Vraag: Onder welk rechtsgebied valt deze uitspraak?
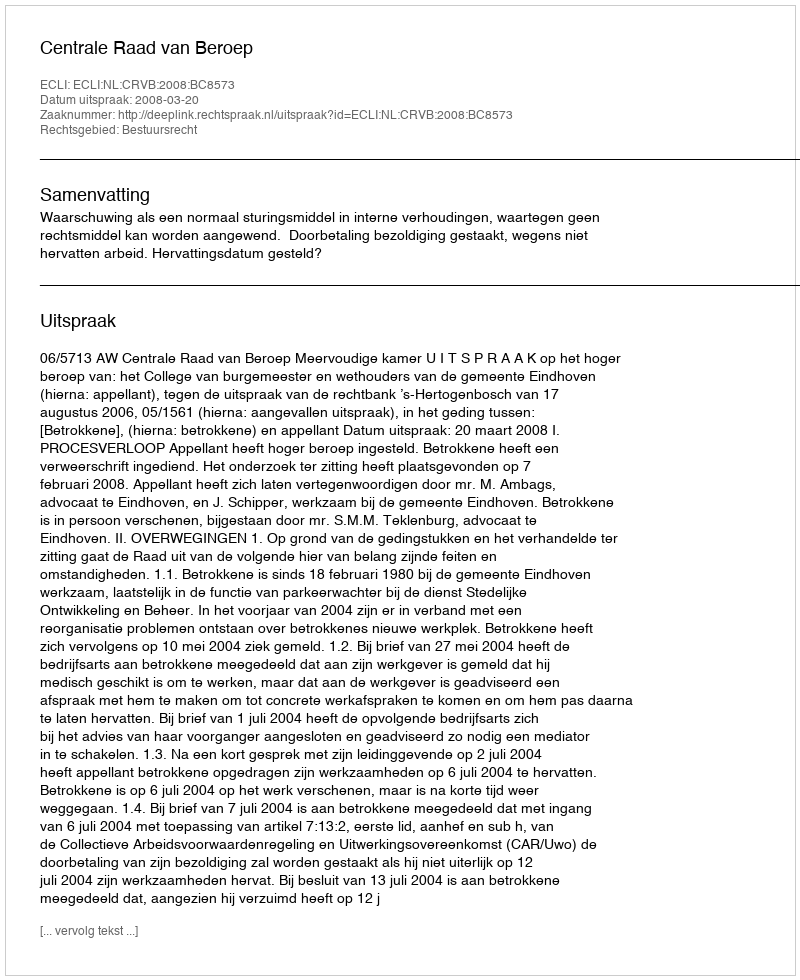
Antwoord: Bestuursrecht